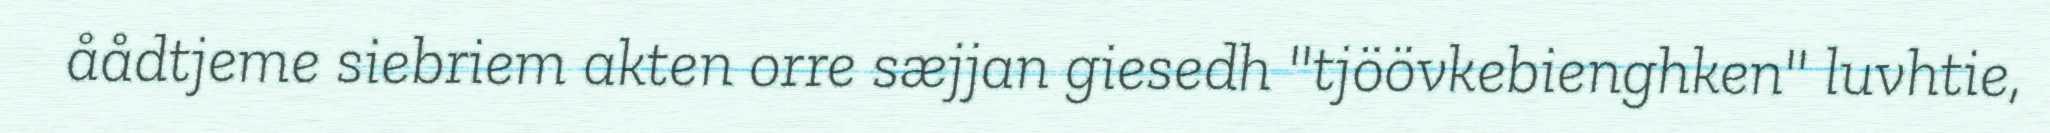
åådtjeme siebriem akten orre sæjjan giesedh "tjöövkebienghken" luvhtie,